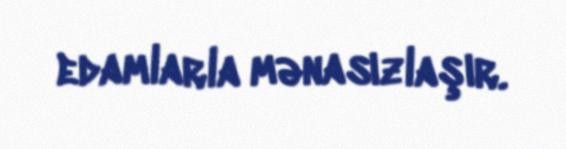
edamlarla mənasızlaşır.